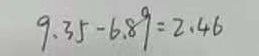
9 . 3 5 - 6 . 8 9 = 2 . 4 6